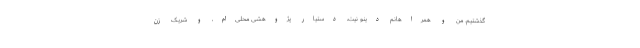
گذشتیم. من و همراهانم دینو نِیت، دستیار پژوهشی محلی‌ام، و شریک زن